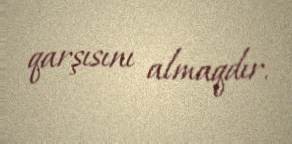
qarşısını almaqdır.